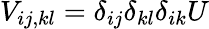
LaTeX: V_{ij,kl}=\delta_{ij}\delta_{kl}\delta_{ik}U